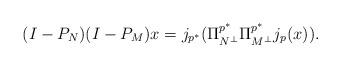
LaTeX: \begin{align*} (I-P_{N})(I-P_M)x = j_{p^*}(\Pi^{p^*}_{N^\perp}\Pi^{p^*}_{M^\perp}j_p(x)).\end{align*}